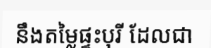
នឹងតម្លៃផ្ទះបុរី ដែលជា